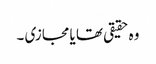
وہ حقیقی تھا یا مجازی ۔